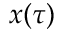
x ( \tau )